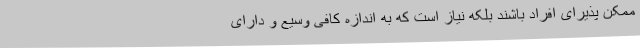
ممکن پذیرای افراد باشند بلکه نیاز است که به اندازه کافی وسیع و دارای